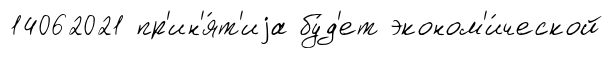
14062021 пр'ин'я́т'иjа бу́д'ет эконом'и́ческой